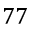
7 7